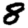
Digit: 8